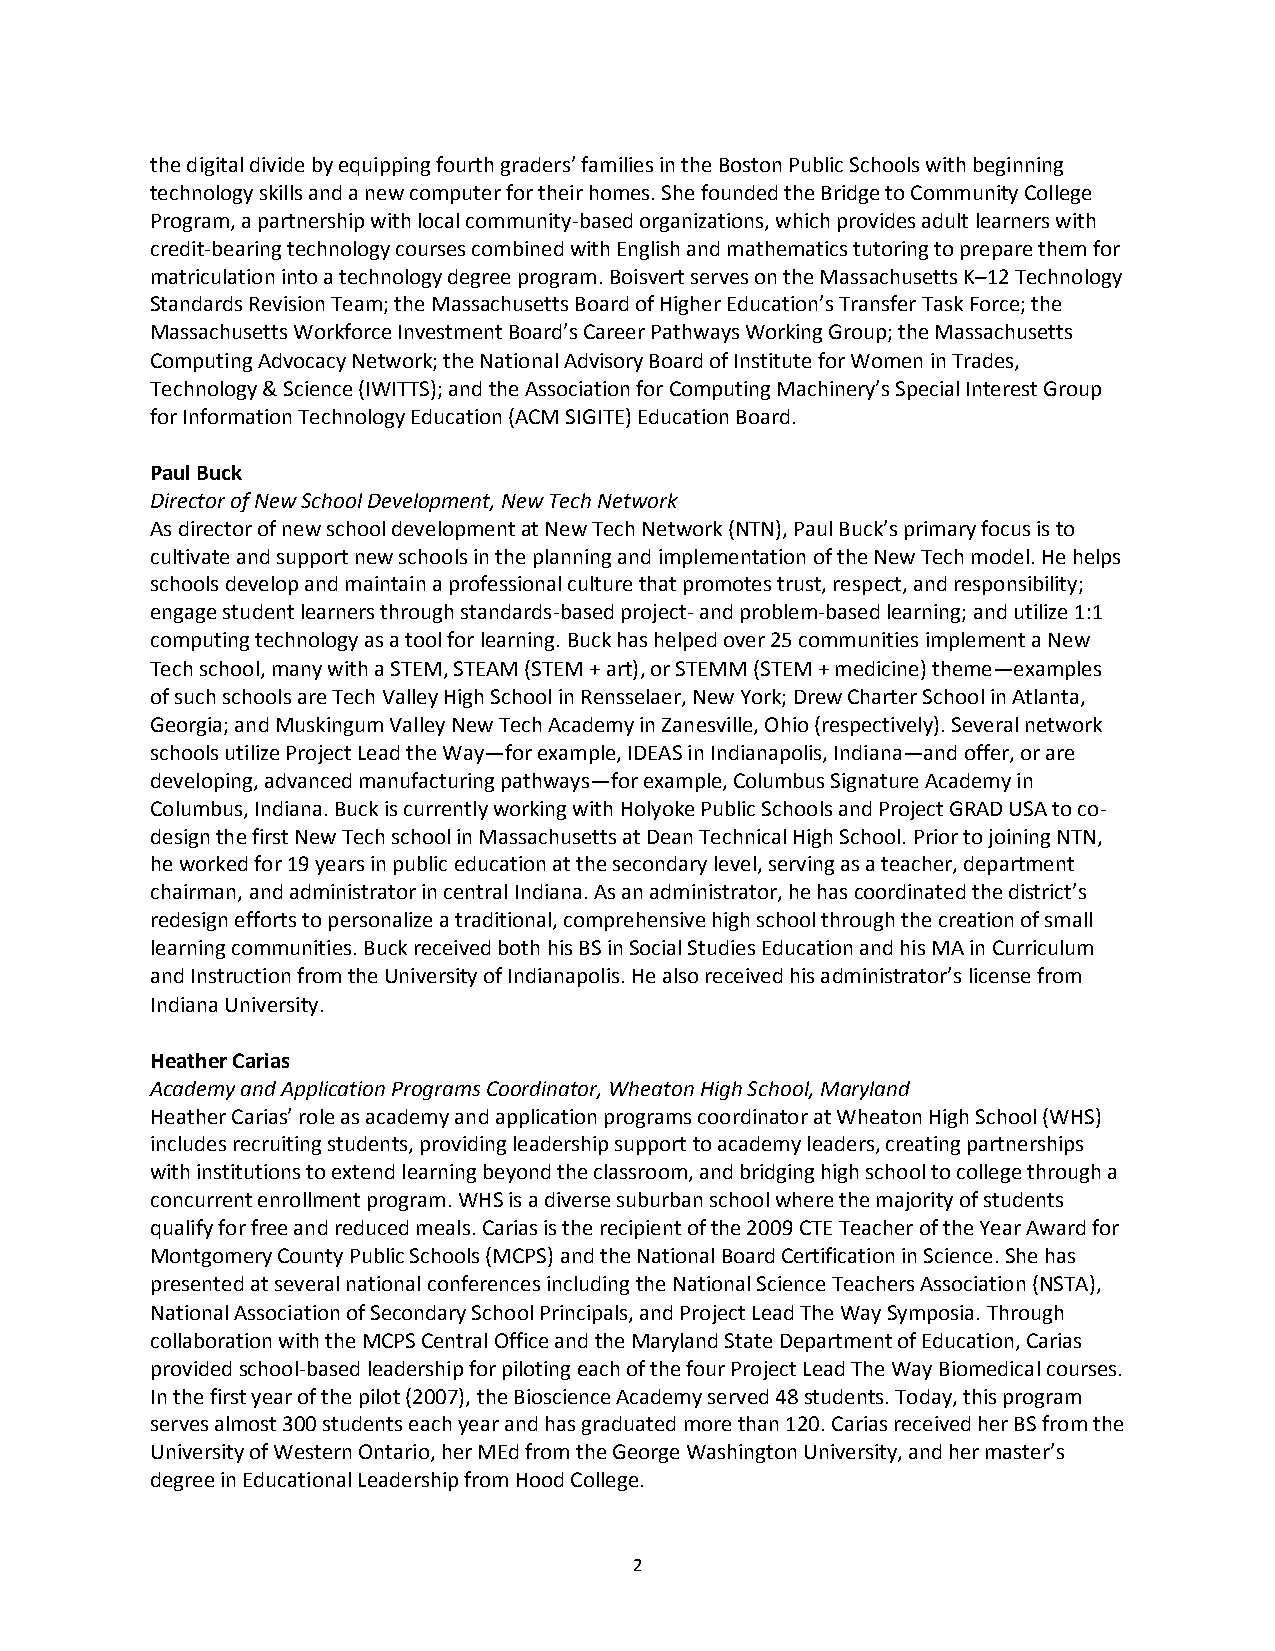
the digital divide by equipping fourth graders’ families in the Boston Public Schools with beginning
 technology skills and a new computer for their homes. She founded the Bridge to Community College
 Program, a partnership with local community-based organizations, which provides adult learners with
 credit-bearing technology courses combined with English and mathematics tutoring to prepare them for
 matriculation into a technology degree program. Boisvert serves on the Massachusetts K–12 Technology
 Standards Revision Team; the Massachusetts Board of Higher Education’s Transfer Task Force; the
 Massachusetts Workforce Investment Board’s Career Pathways Working Group; the Massachusetts
 Computing Advocacy Network; the National Advisory Board of Institute for Women in Trades,
 Technology & Science (IWITTS); and the Association for Computing Machinery’s Special Interest Group
 for Information Technology Education (ACM SIGITE) Education Board.
 Paul Buck
 Director of New School Development, New Tech Network
 As director of new school development at New Tech Network (NTN), Paul Buck’s primary focus is to
 cultivate and support new schools in the planning and implementation of the New Tech model. He helps
 schools develop and maintain a professional culture that promotes trust, respect, and responsibility;
 engage student learners through standards-based project- and problem-based learning; and utilize 1:1
 computing technology as a tool for learning. Buck has helped over 25 communities implement a New
 Tech school, many with a STEM, STEAM (STEM + art), or STEMM (STEM + medicine) theme—examples
 of such schools are Tech Valley High School in Rensselaer, New York; Drew Charter School in Atlanta,
 Georgia; and Muskingum Valley New Tech Academy in Zanesville, Ohio (respectively). Several network
 schools utilize Project Lead the Way—for example, IDEAS in Indianapolis, Indiana—and offer, or are
 developing, advanced manufacturing pathways—for example, Columbus Signature Academy in
 Columbus, Indiana. Buck is currently working with Holyoke Public Schools and Project GRAD USA to co-
 design the first New Tech school in Massachusetts at Dean Technical High School. Prior to joining NTN,
 he worked for 19 years in public education at the secondary level, serving as a teacher, department
 chairman, and administrator in central Indiana. As an administrator, he has coordinated the district’s
 redesign efforts to personalize a traditional, comprehensive high school through the creation of small
 learning communities. Buck received both his BS in Social Studies Education and his MA in Curriculum
 and Instruction from the University of Indianapolis. He also received his administrator’s license from
 Indiana University.
 Heather Carias
 Academy and Application Programs Coordinator, Wheaton High School, Maryland
 Heather Carias’ role as academy and application programs coordinator at Wheaton High School (WHS)
 includes recruiting students, providing leadership support to academy leaders, creating partnerships
 with institutions to extend learning beyond the classroom, and bridging high school to college through a
 concurrent enrollment program. WHS is a diverse suburban school where the majority of students
 qualify for free and reduced meals. Carias is the recipient of the 2009 CTE Teacher of the Year Award for
 Montgomery County Public Schools (MCPS) and the National Board Certification in Science. She has
 presented at several national conferences including the National Science Teachers Association (NSTA),
 National Association of Secondary School Principals, and Project Lead The Way Symposia. Through
 collaboration with the MCPS Central Office and the Maryland State Department of Education, Carias
 provided school-based leadership for piloting each of the four Project Lead The Way Biomedical courses.
 In the first year of the pilot (2007), the Bioscience Academy served 48 students. Today, this program
 serves almost 300 students each year and has graduated more than 120. Carias received her BS from the
 University of Western Ontario, her MEd from the George Washington University, and her master’s
 degree in Educational Leadership from Hood College.
 2